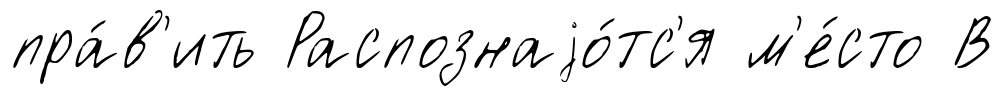
пра́в'ить Распознаjо́тс'я м'е́сто В